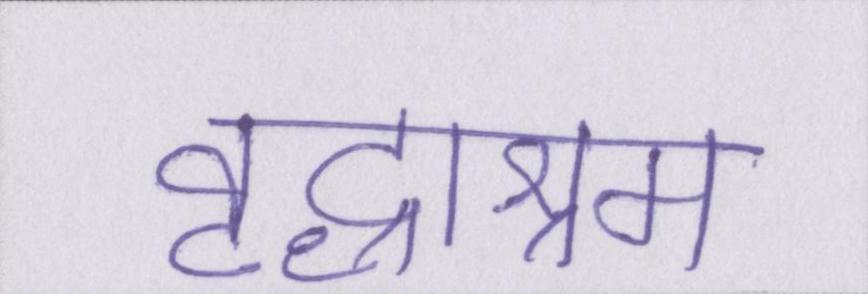
वृद्धाश्रम